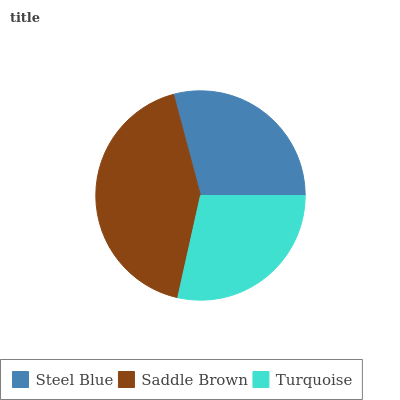
| Steel Blue | Saddle Brown | Turquoise |
 | --- | --- | --- |
 | 29.1% | 42.4% | 28.5% |